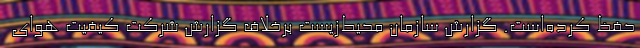
حفظ کرده‌است. گزارش سازمان محیط‌زیست برخلاف گزارش شرکت کیفیت هوای